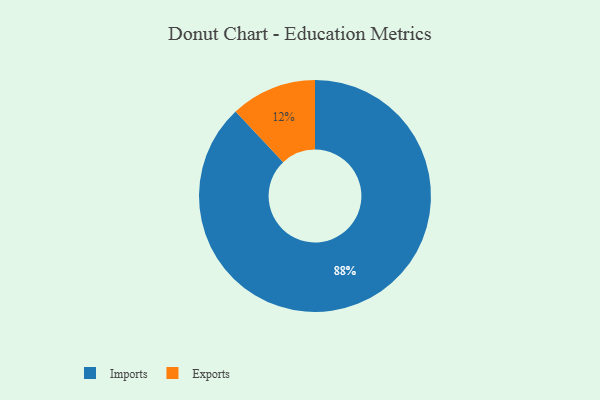
{"axis": {"x": "Category", "y": "Percentage"}, "legend": ["Exports", "Imports"], "data": [{"x": "Imports", "y": 88, "type": "Imports"}, {"x": "Exports", "y": 12, "type": "Exports"}]}